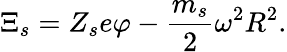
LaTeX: \Xi_{s}=Z_{s}e\varphi-\frac{m_{s}}{2}\omega^{2}R^{2}.